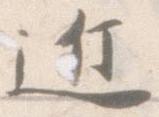
近